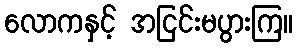
လောကနှင့် အငြင်းမပွားကြ။